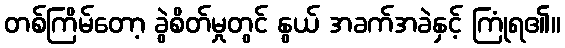
တစ်ကြိမ်တော့ ခွဲစိတ်မှုတွင် နွယ် အခက်အခဲနှင့် ကြုံရ၏။